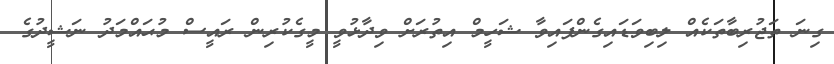
ގިނަ ތަޖުރިބާތަކެއް ލިބިވަޑައިގެންފައިވާ ޝަހީމް އިތުރަށް ވިދާޅުވީ މީގެކުރިން ރައީސް މުޙައްމަދު ނަޝީދުގެ